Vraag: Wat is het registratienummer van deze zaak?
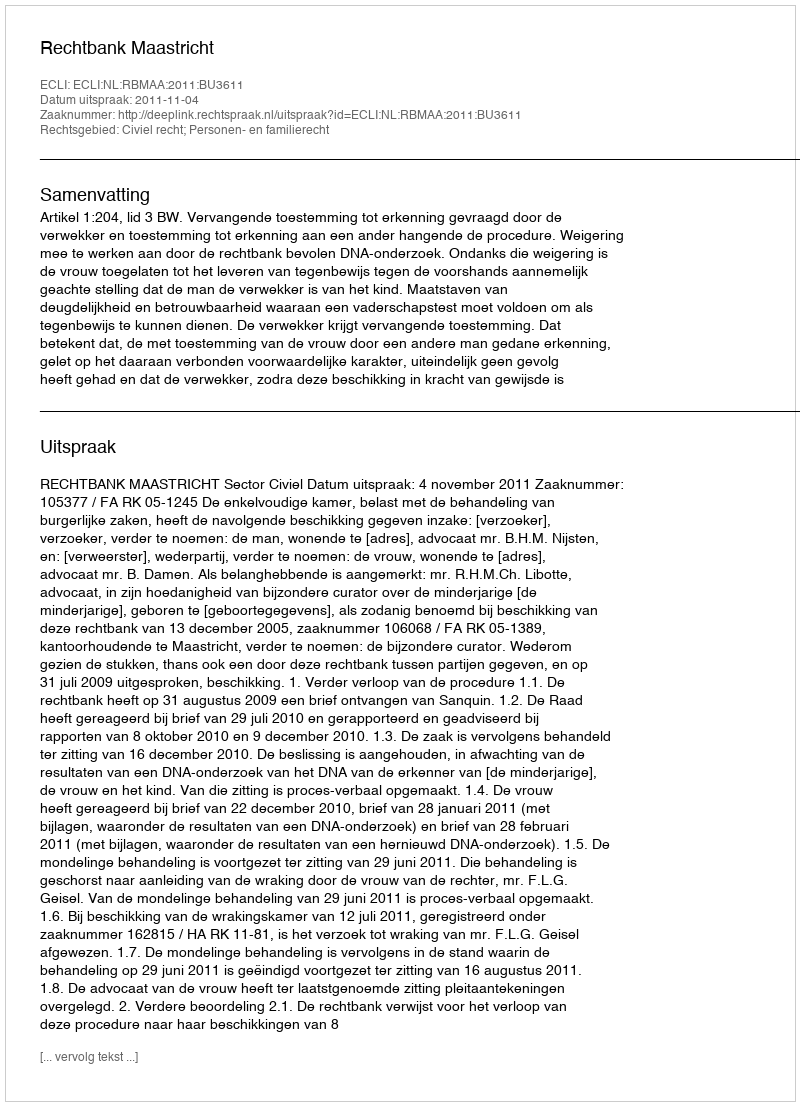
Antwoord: http://deeplink.rechtspraak.nl/uitspraak?id=ECLI:NL:RBMAA:2011:BU3611